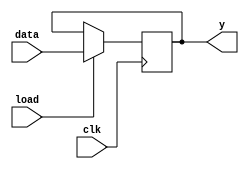
module reg_1_bit
		(input load,clk,
		input [7:0] data,
		output reg [7:0] y);
		
		
	always @ (posedge clk) begin	
	if (load == 1'b1) begin
			y <= data;
			end
	else begin
			y <= y;
			end
	end
		
endmodule